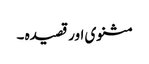
مثنوی اور قصیدہ ۔